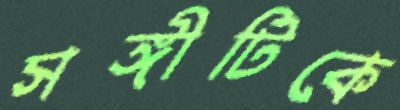
সঙ্গীটিকে